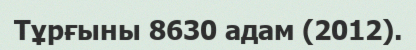
Тұрғыны 8630 адам (2012).